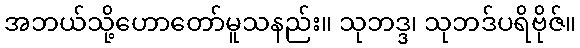
အဘယ်သို့ဟောတော်မူသနည်း။ သုဘဒ္ဒ၊ သုဘဒ်ပရိဗိုဇ်။